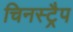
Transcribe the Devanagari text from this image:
चिनस्ट्रैप